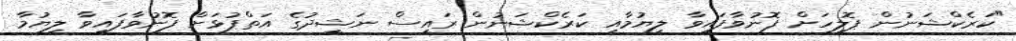
"ކަރެކްޝަނުން ޕޮލިހަށް ފޮނުވާފައިވާ ލިޔުމާއި ކަރެކްޝަނުން ރައީސް ނަޝީދުގެ އަތްޕުޅަށް ފޮނުވާފައިވާ ލިޔުމާ